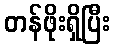
တန်ဖိုးရှိပြီး